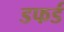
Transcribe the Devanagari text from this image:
डफर्ड